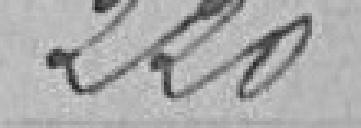
220